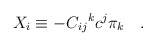
\begin{align*}X_i \equiv -{C_{ij}}^k c^j \pi_k \quad .\end{align*}